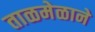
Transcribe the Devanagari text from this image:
ताळमेळाने